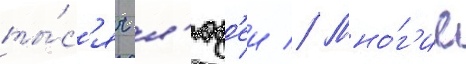
ты́с'яч л'юд'еи // Мно́г'ие